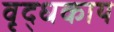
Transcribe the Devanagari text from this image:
वृद्धकाय